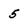
Character: 5